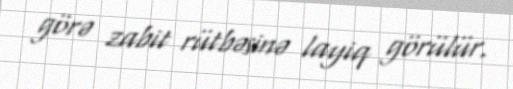
görə zabit rütbəsinə layiq görülür.